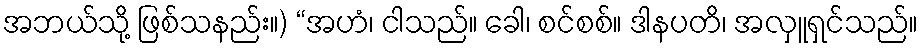
အဘယ်သို့ ဖြစ်သနည်း။) “အဟံ၊ ငါသည်။ ခေါ၊ စင်စစ်။ ဒါနပတိ၊ အလှူရှင်သည်။